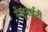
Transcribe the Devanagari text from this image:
येसूबाईनी